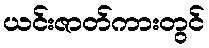
ယင်းဇာတ်ကားတွင်